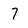
Character: 7